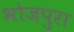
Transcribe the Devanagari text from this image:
भोजपुरा